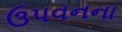
ઉપવનના